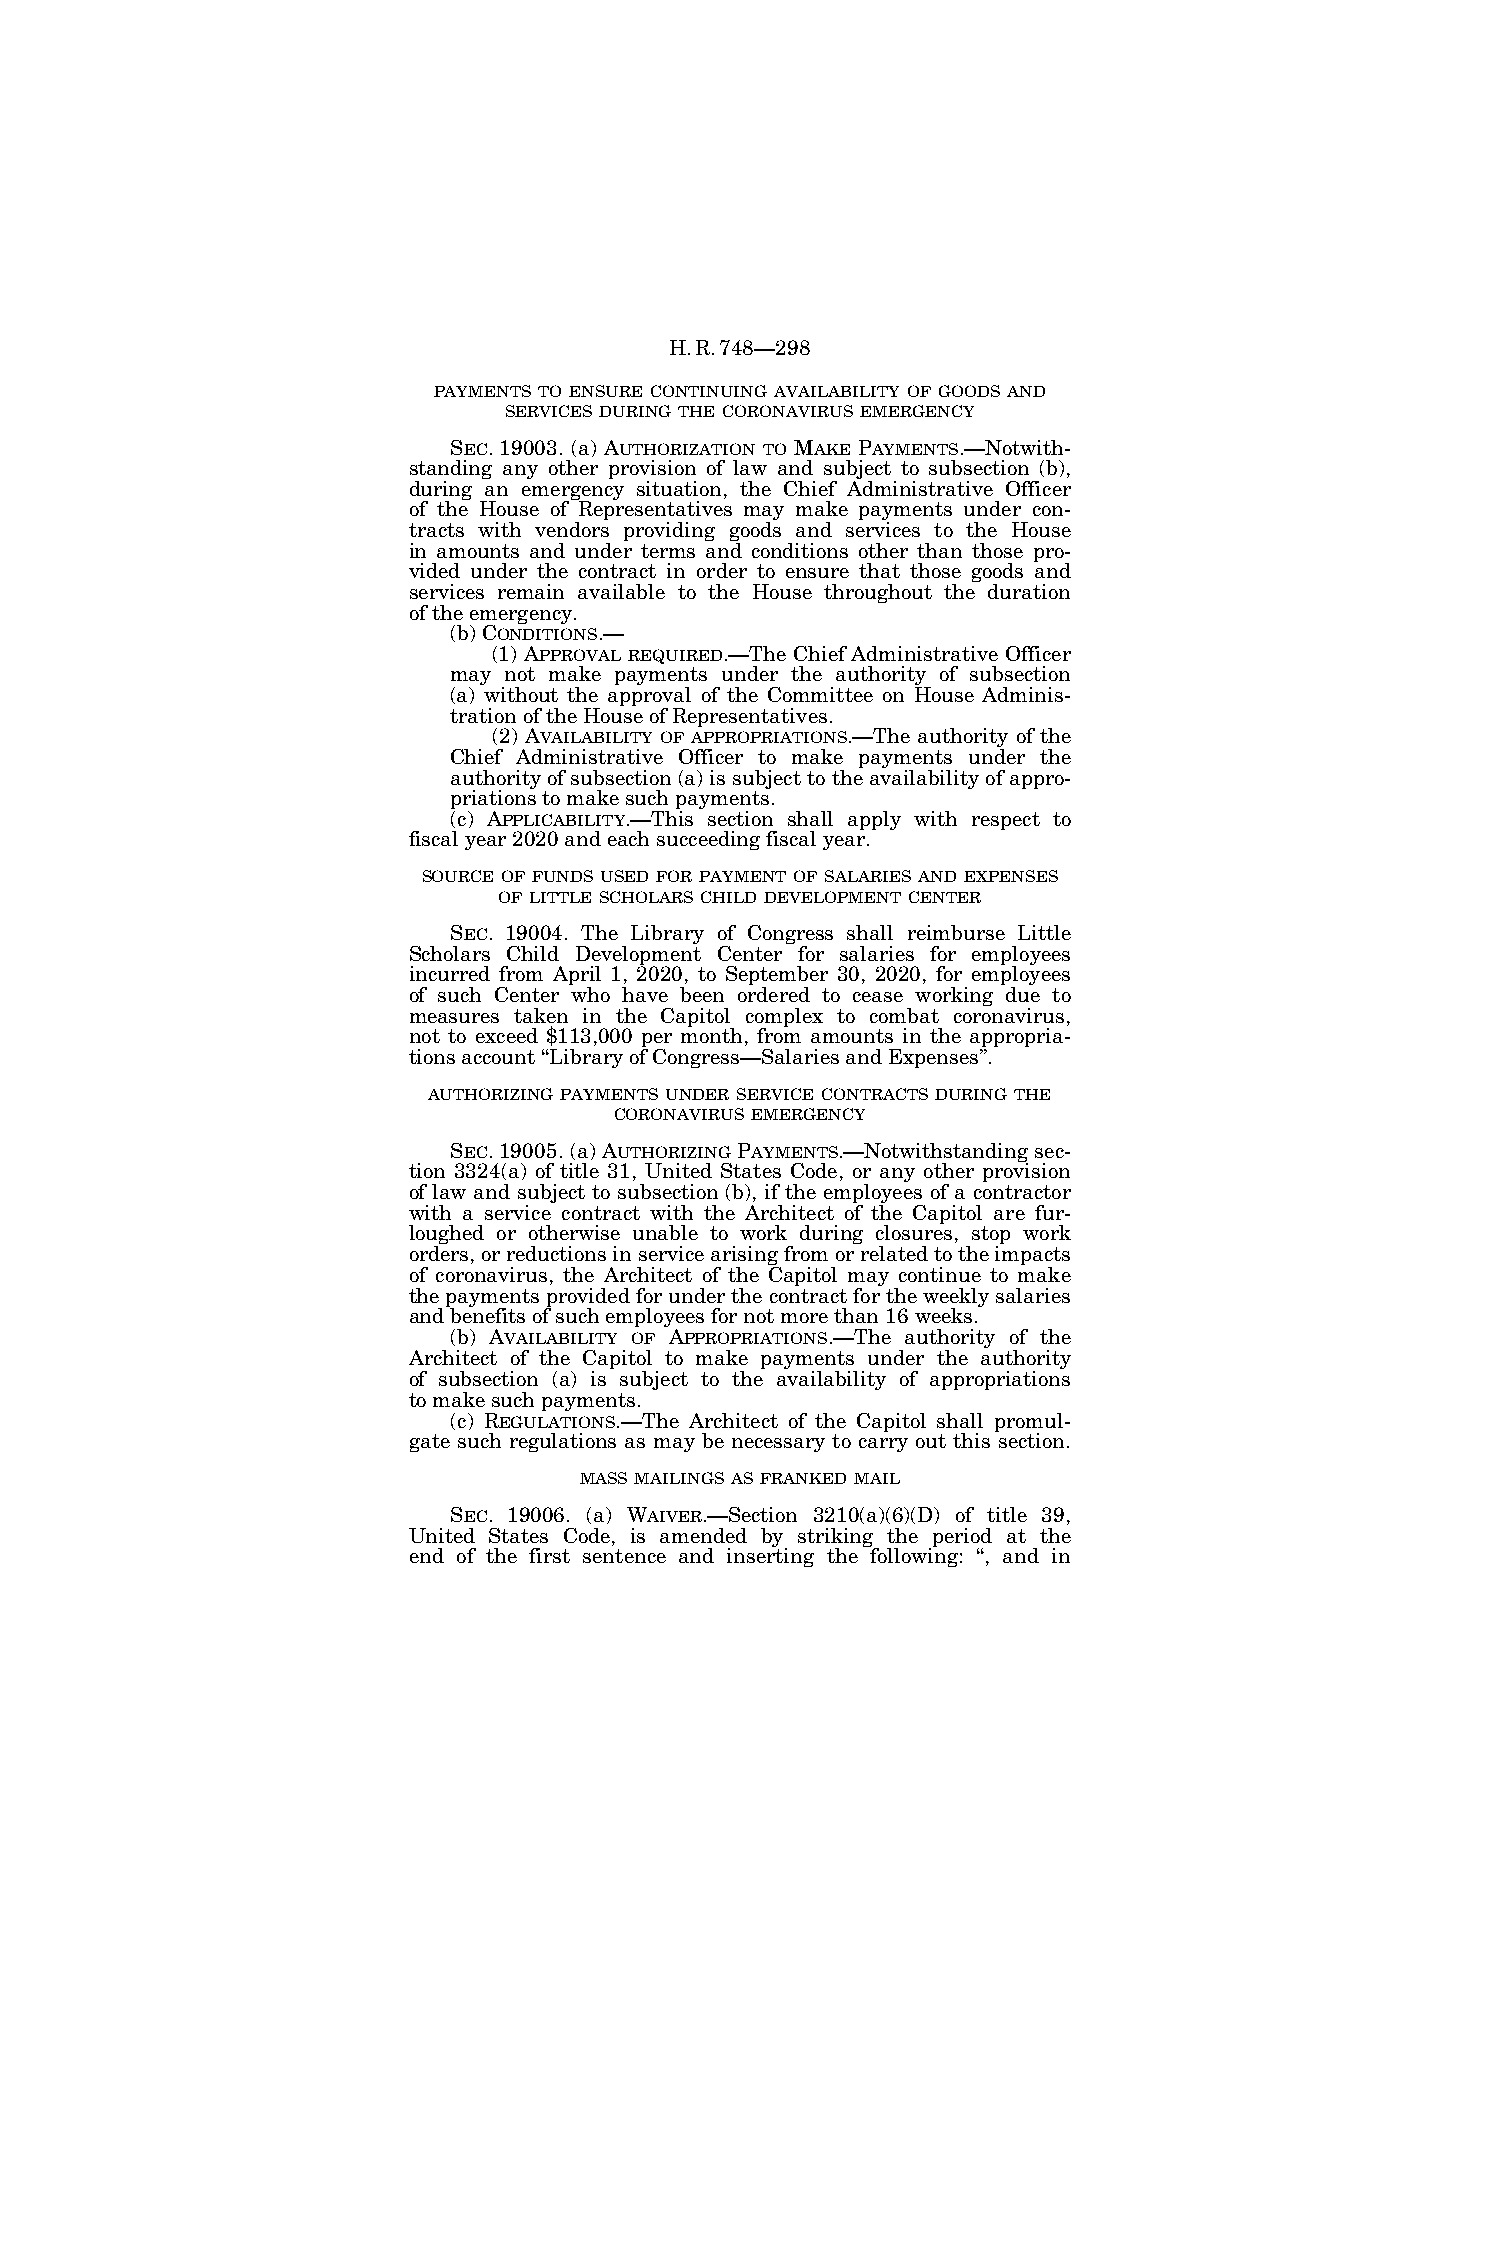
H.R.748—298
 PAYMENTS TO ENSURE CONTINUING AVAILABILITY OF GOODS AND
 SERVICES DURING THE CORONAVIRUS EMERGENCY
 SEC. 19003. (a) AUTHORIZATION TO MAKE PAYMENTS.—Notwith-
 standing any other provision of law and subject to subsection (b),
 during an emergency situation, the Chief Administrative Officer
 of the House of Representatives may make payments under con-
 tracts with vendors providing goods and services to the House
 in amounts and under terms and conditions other than those pro-
 vided under the contract in order to ensure that those goods and
 services remain available to the House throughout the duration
 of the emergency.
 (b) CONDITIONS.—
 (1) APPROVAL REQUIRED.—The Chief Administrative Officer
 may not make payments under the authority of subsection
 (a) without the approval of the Committee on House Adminis-
 tration of the House of Representatives.
 (2) AVAILABILITY OF APPROPRIATIONS.—The authority of the
 Chief Administrative Officer to make payments under the
 authority of subsection (a) is subject to the availability of appro-
 priations to make such payments.
 (c) APPLICABILITY.—This section shall apply with respect to
 fiscal year 2020 and each succeeding fiscal year.
 SOURCE OF FUNDS USED FOR PAYMENT OF SALARIES AND EXPENSES
 OF LITTLE SCHOLARS CHILD DEVELOPMENT CENTER
 SEC. 19004. The Library of Congress shall reimburse Little
 Scholars Child Development Center for salaries for employees
 incurred from April 1, 2020, to September 30, 2020, for employees
 of such Center who have been ordered to cease working due to
 measures taken in the Capitol complex to combat coronavirus,
 not to exceed $113,000 per month, from amounts in the appropria-
 tions account ‘‘Library of Congress—Salaries and Expenses’’.
 AUTHORIZING PAYMENTS UNDER SERVICE CONTRACTS DURING THE
 CORONAVIRUS EMERGENCY
 SEC. 19005. (a) AUTHORIZING PAYMENTS.—Notwithstanding sec-
 tion 3324(a) of title 31, United States Code, or any other provision
 of law and subject to subsection (b), if the employees of a contractor
 with a service contract with the Architect of the Capitol are fur-
 loughed or otherwise unable to work during closures, stop work
 orders, or reductions in service arising from or related to the impacts
 of coronavirus, the Architect of the Capitol may continue to make
 the payments provided for under the contract for the weekly salaries
 and benefits of such employees for not more than 16 weeks.
 (b) AVAILABILITY OF APPROPRIATIONS.—The authority of the
 Architect of the Capitol to make payments under the authority
 of subsection (a) is subject to the availability of appropriations
 to make such payments.
 (c) REGULATIONS.—The Architect of the Capitol shall promul-
 gate such regulations as may be necessary to carry out this section.
 MASS MAILINGS AS FRANKED MAIL
 SEC. 19006. (a) WAIVER.—Section 3210(a)(6)(D) of title 39,
 United States Code, is amended by striking the period at the
 end of the first sentence and inserting the following: ‘‘, and in